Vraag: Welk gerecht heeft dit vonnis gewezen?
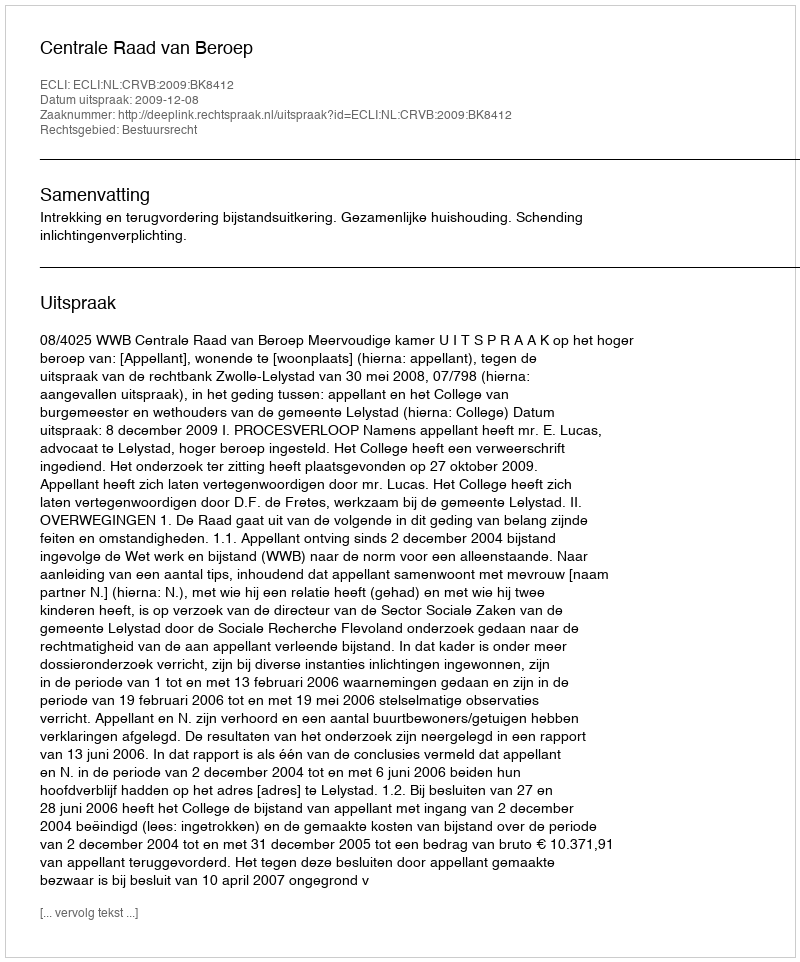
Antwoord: Centrale Raad van Beroep